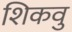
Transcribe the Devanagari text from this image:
शिकवु